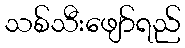
သစ်သီးဖျော်ရည်